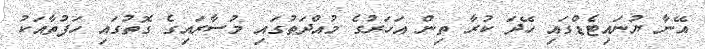
އޭނާ ޔުނައިޓެޑްގައި ހޭދަ ކުރާ ތިން އަހަރުގެ މުއްދަތުގައި މުސާރައިގެ ގޮތުގައި ހަފުތާއަކު